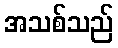
အသစ်သည်